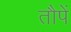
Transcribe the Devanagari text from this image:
तौपें